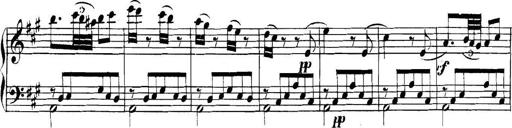
Title: Collected Piano Sonatas
Composer: Muzio Clementi